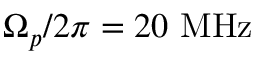
\Omega _ { p } / 2 \pi = 2 0 ~ \mathrm { M H z }